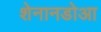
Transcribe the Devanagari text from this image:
शेनानडोआ